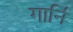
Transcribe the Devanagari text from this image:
गार्नि